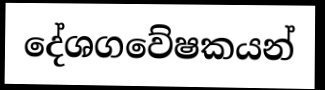
දේශගවේෂකයන්